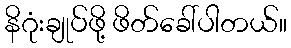
နိဂုံးချုပ်ဖို့ ဖိတ်ခေါ်ပါတယ်။